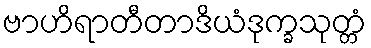
ဗာဟိရာတီတာဒိယံဒုက္ခသုတ္တံ